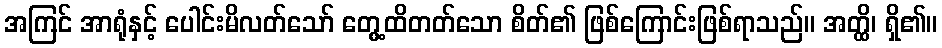
အကြင် အာရုံနှင့် ပေါင်းမိလတ်သော် တွေ့ထိတတ်သော စိတ်၏ ဖြစ်ကြောင်းဖြစ်ရာသည်။ အတ္ထိ၊ ရှိ၏။